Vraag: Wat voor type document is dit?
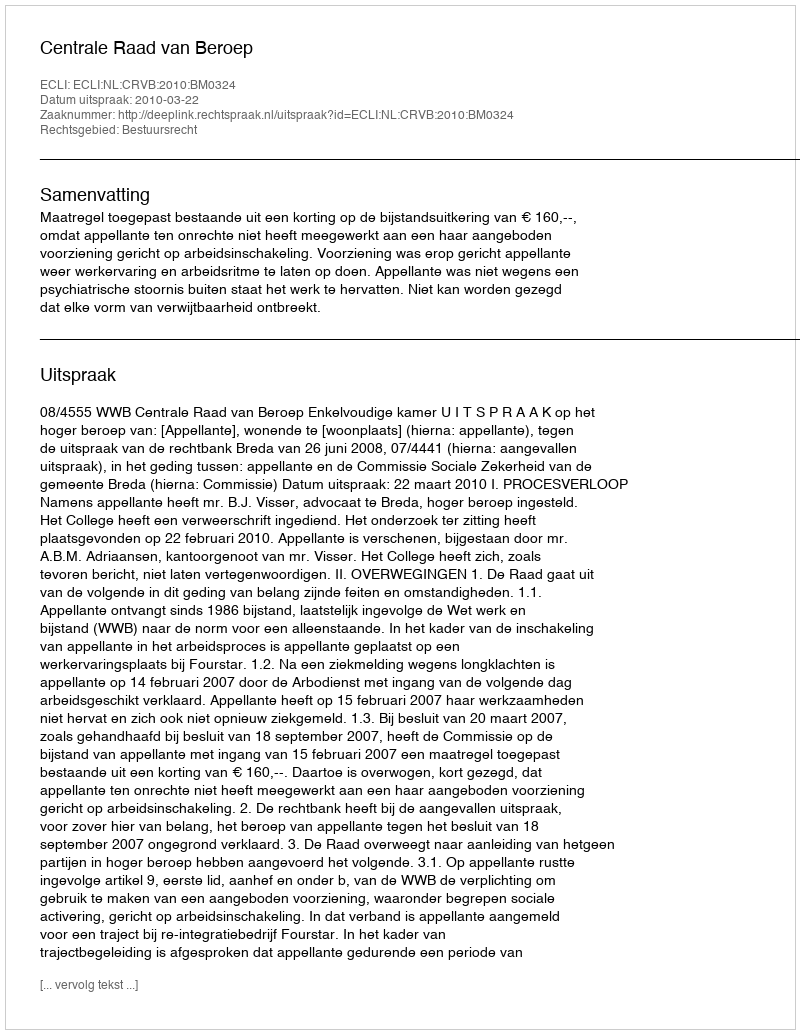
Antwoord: Uitspraak